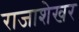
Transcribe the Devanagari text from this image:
राजाशेखर